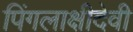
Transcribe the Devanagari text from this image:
पिंगलाक्षीदेवी